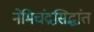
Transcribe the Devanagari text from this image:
नेमिचंद्रसिद्धांत